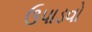
ઉપાડવો